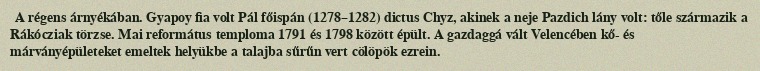
A régens árnyékában. Gyapoy fia volt Pál főispán (1278–1282) dictus Chyz, akinek a neje Pazdich lány volt: tőle származik a Rákócziak törzse. Mai református temploma 1791 és 1798 között épült. A gazdaggá vált Velencében kő- és márványépületeket emeltek helyükbe a talajba sűrűn vert cölöpök ezrein.